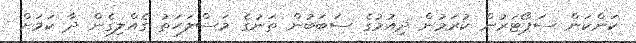
ކަންކަން ސަޕޯޓަރުން ކުރަމުން ދިއުމުގެ ސަބަބުން ތަނުގެ މަސްލަޙަތު ގެއްލިގެން ދާ ކަމަށް